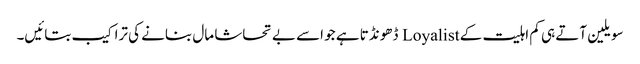
سویلین آتے ہی کم اہلیت کے Loyalist ڈھونڈتا ہے جو اسے بے تحاشا مال بنانے کی تراکیب بتائیں۔